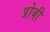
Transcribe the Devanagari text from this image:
प्रोबी